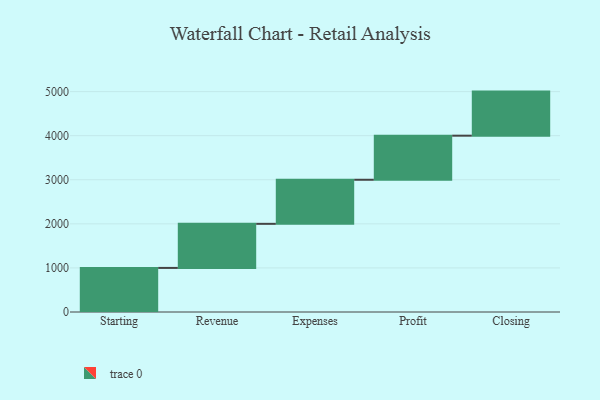
{"axis": {"x": "Step", "y": "Value"}, "legend": [""], "data": [{"x": "Starting", "y": 1000, "type": ""}, {"x": "Revenue", "y": 1000, "type": ""}, {"x": "Expenses", "y": 1000, "type": ""}, {"x": "Profit", "y": 1000, "type": ""}, {"x": "Closing", "y": 1000, "type": ""}]}